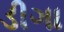
ડીગા